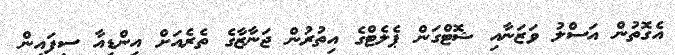
އެގޮތުން އަސްލު ވަޒަނާއި ޝޮޓްގަން ޕެލެޓްގެ އިތުރުން ޖަނާޒާގެ ތެރެއަށް އިންޑިއާ ސިފައިން